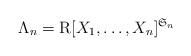
LaTeX: \begin{align*}\Lambda_n = \mathrm{R}[X_1,\ldots,X_n]^{\mathfrak{S}_n}\end{align*}